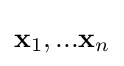
\mathbf {x} _{1},...\mathbf {x} _{n}